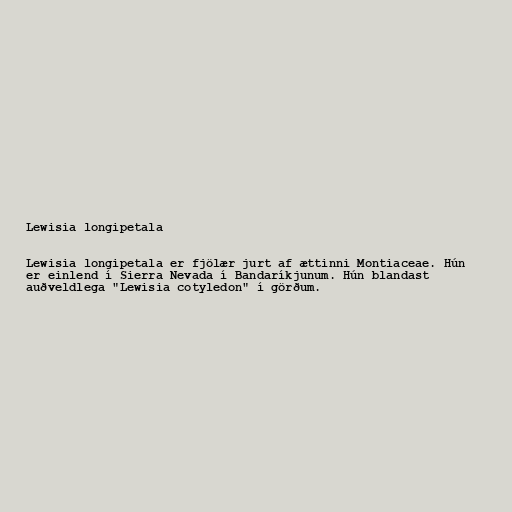
Lewisia longipetala

Lewisia longipetala er fjölær jurt af ættinni Montiaceae. Hún
er einlend í Sierra Nevada í Bandaríkjunum. Hún blandast
auðveldlega "Lewisia cotyledon" í görðum.